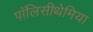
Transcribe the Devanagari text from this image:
पॉलिसीथेमिया